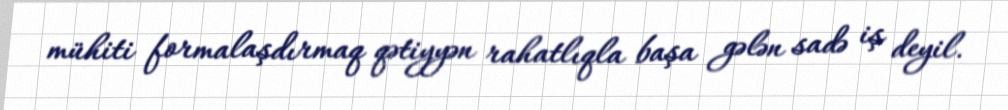
mühiti formalaşdırmaq qətiyyən rahatlıqla başa gələn sadə iş deyil.